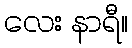
လေး နာရီ။